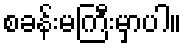
စခန်းမကြီးမှာပါ။